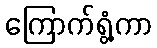
ကြောက်ရွံ့ကာ